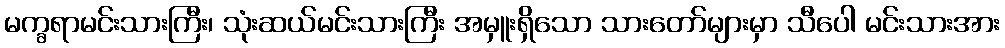
မက္ခရာမင်းသားကြီး၊ သုံးဆယ်မင်းသားကြီး အမှူးရှိသော သားတော်များမှာ သီပေါ မင်းသားအား